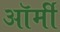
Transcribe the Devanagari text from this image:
ऑर्मी